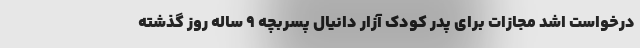
درخواست اشد مجازات برای پدر کودک آزار دانیال پسربچه ۹ ساله روز گذشته